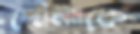
দৌলাকে